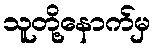
သူတို့နောက်မှ